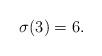
LaTeX: \begin{align*}\sigma(3) = 6.\end{align*}